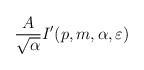
\begin{align*}\frac{A}{\sqrt{\alpha }}I'(p,m,\alpha ,\varepsilon )\end{align*}